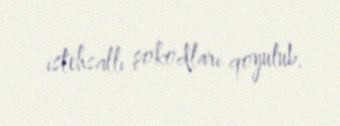
istehsallı şokodları qoyulub.